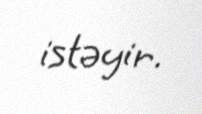
istəyir.